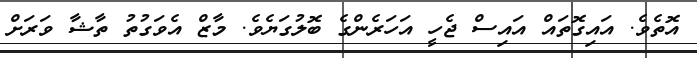
އޮތެވެ. އައިގޮތައް އައިސް ޖެހީ އަހަރެންގެ ބޮލުގަޔެވެ. މާޒް އެވަގުތު ތާޝާ ވަރަށް